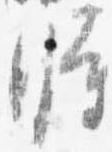
時